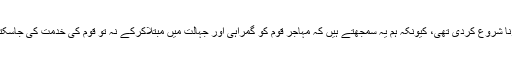
انہوں نے کہاکہ آج کے حالات کی نشاندہی ہم نے برسوں پہلے سے کرنا شروع کردی تھی، کیونکہ ہم یہ سمجھتے ہیں کہ مہاجر قوم کو گمراہی اور جہالت میں مبتلاکرکے نہ تو قوم کی خدمت کی جاسکتی ہے اور نہ ہی ملک کی تعمیروترقی میں کوئی کردار ادا کیا جاسکتا ۔